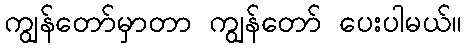
ကျွန်တော်မှာတာ ကျွန်တော် ပေးပါမယ်။